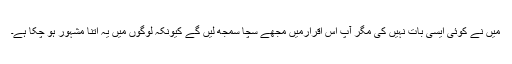
مَیں نے کوئی ایسی بات نہیں کی مگر آپؐ اس اقرارمیں مجھے سچا سمجھ لیں گے کیونکہ لوگوں میں یہ اتنا مشہور ہو چکا ہے۔